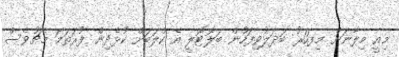
މިއީ މިލާނަށް މިފަހަރު ބަދަލުވިފަހުން ބަލޮޓޮލީ އެ ކްލަބަށް ކުޅެދިން ފުރަތަމަ މެޗުވެސް